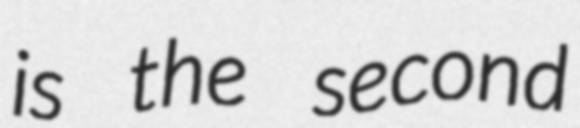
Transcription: is the second